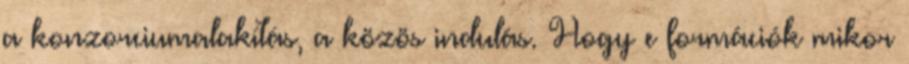
a konzorciumalakítás, a közös indulás. Hogy e formációk mikor